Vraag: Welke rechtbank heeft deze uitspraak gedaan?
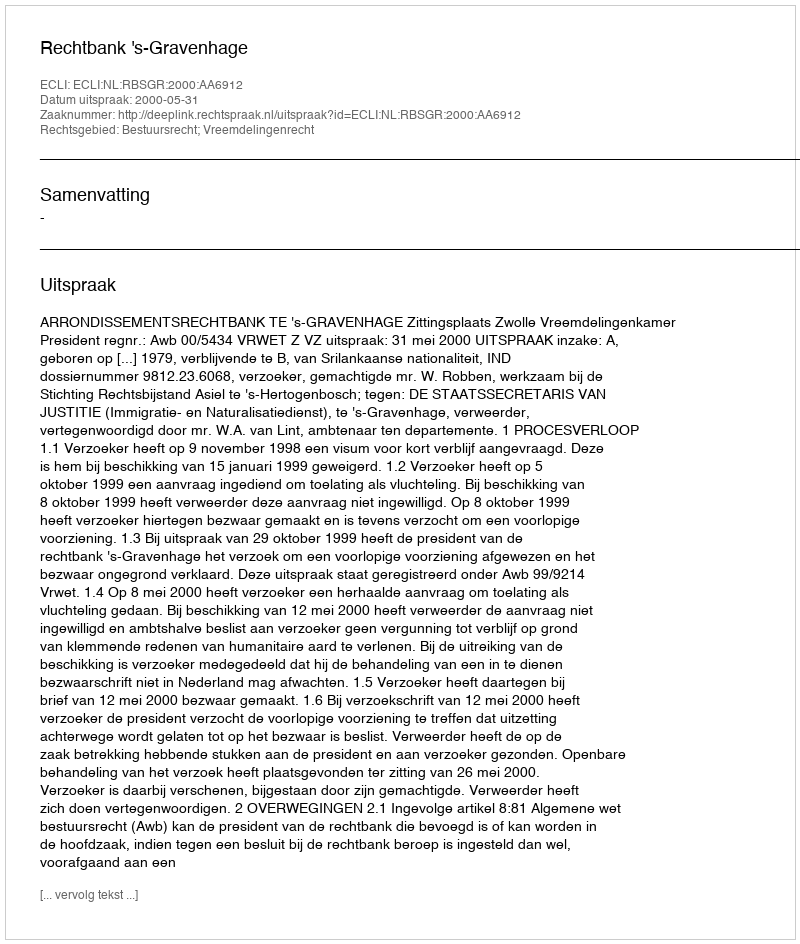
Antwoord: Rechtbank 's-Gravenhage